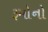
રૂમોનો